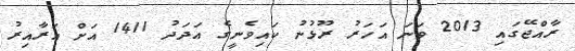
ރާއްޖޭގައި 2013 ވަނަ އަހަރު ރޫޅުނު ކައިވެނީގެ އަދަދު 1411 އަށް އަރާއިރު